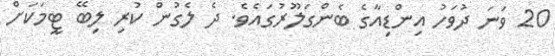
20 ވަނަ ދުވަހު އިންޑިއާގެ ބެންގަލޫރުގައެވެ. ދެ ލެގުން ކުރި ލިބޭ ޓީމަކަށް